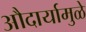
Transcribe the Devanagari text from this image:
औदार्यामुळे